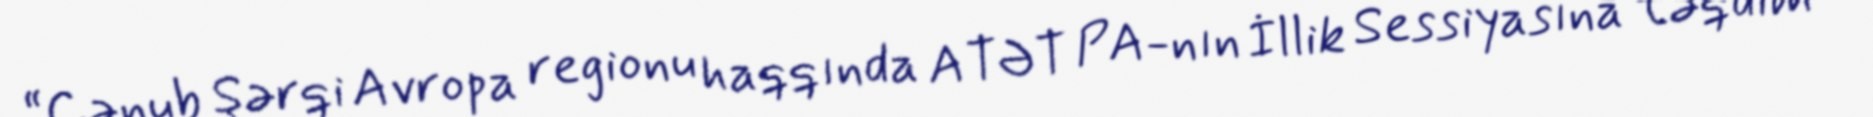
“Cənub Şərqi Avropa regionu haqqında ATƏT PA-nın İllik Sessiyasına təqdim